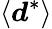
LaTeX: \langle\boldsymbol{d}^{*}\rangle